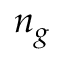
n _ { g }